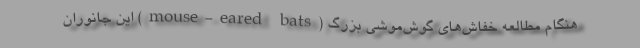
هنگام مطالعه خفاش‌های گوش‌موشی بزرگ (mouse-eared bats) این جانوران